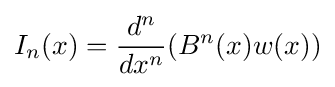
I_{n}(x)={\frac {d^{n}}{dx^{n}}}(B^{n}(x)w(x))